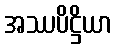
အဿပိဋ္ဌိယာ